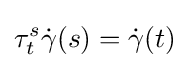
\tau _{t}^{s}{\dot {\gamma }}(s)={\dot {\gamma }}(t)